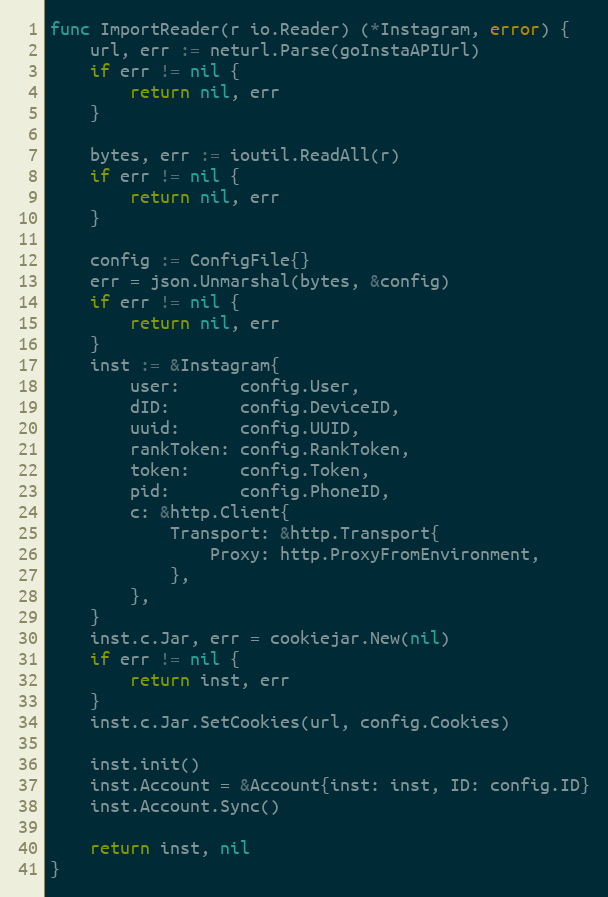
Language: Go
func ImportReader(r io.Reader) (*Instagram, error) {
	url, err := neturl.Parse(goInstaAPIUrl)
	if err != nil {
		return nil, err
	}

	bytes, err := ioutil.ReadAll(r)
	if err != nil {
		return nil, err
	}

	config := ConfigFile{}
	err = json.Unmarshal(bytes, &config)
	if err != nil {
		return nil, err
	}
	inst := &Instagram{
		user:      config.User,
		dID:       config.DeviceID,
		uuid:      config.UUID,
		rankToken: config.RankToken,
		token:     config.Token,
		pid:       config.PhoneID,
		c: &http.Client{
			Transport: &http.Transport{
				Proxy: http.ProxyFromEnvironment,
			},
		},
	}
	inst.c.Jar, err = cookiejar.New(nil)
	if err != nil {
		return inst, err
	}
	inst.c.Jar.SetCookies(url, config.Cookies)

	inst.init()
	inst.Account = &Account{inst: inst, ID: config.ID}
	inst.Account.Sync()

	return inst, nil
}